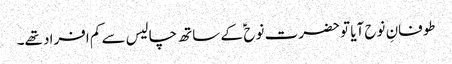
طوفانِ نوح آیا تو حضرت نوح ؑ کے ساتھ چالیس سے کم افراد تھے۔